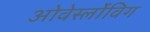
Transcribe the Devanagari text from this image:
ओवेर्स्लोविग